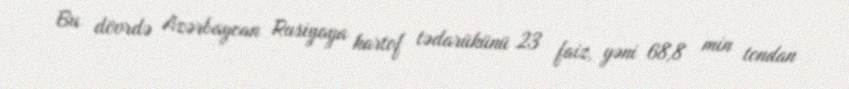
Bu dövrdə Azərbaycan Rusiyaya kartof tədarükünü 23 faiz, yəni 68,8 min tondan